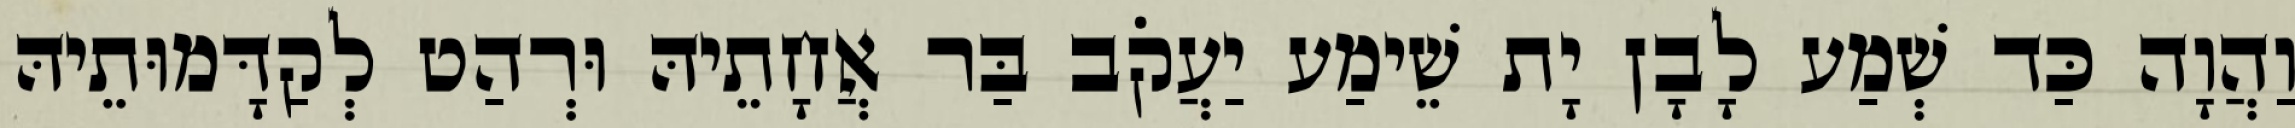
וַהֲוָה כַּד שְׁמַע לָבָן יָת שֵׁימַע יַעֲקֹב בַּר אֲחָתֵיהּ וּרְהַט לְקַדָּמוּתֵיהּ